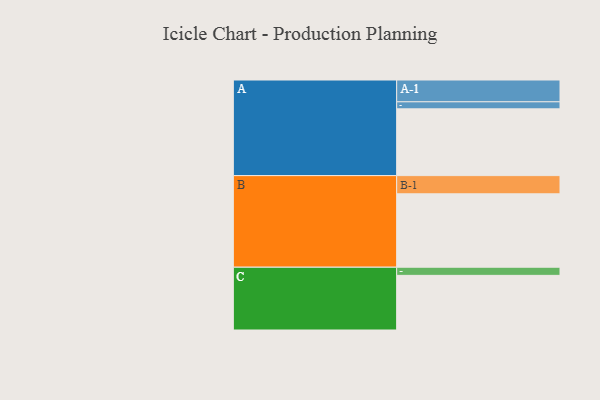
{"axis": {"x": "Segment", "y": "Value"}, "legend": ["", "A", "B", "C"], "data": [{"x": "A", "y": 484, "type": ""}, {"x": "B", "y": 532, "type": ""}, {"x": "C", "y": 396, "type": ""}, {"x": "A-1", "y": 158, "type": "A"}, {"x": "A-2", "y": 51, "type": "A"}, {"x": "B-1", "y": 132, "type": "B"}, {"x": "C-1", "y": 59, "type": "C"}]}